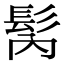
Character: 𩬀